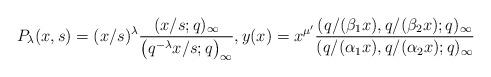
LaTeX: \begin{align*}& P_{\lambda}(x, s) = (x/s)^{\lambda} \frac{(x/s;q)_{\infty}}{\big(q^{-\lambda} x/s ;q\big)_{\infty}}, y(x)=x^{\mu '} \frac{(q/(\beta_1 x), q/(\beta_2 x) ;q)_{\infty}}{(q/(\alpha_1 x), q/(\alpha_2 x) ;q)_{\infty}} \end{align*}